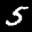
Label: 5